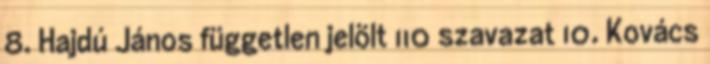
8. Hajdú János független jelölt 110 szavazat 10. Kovács